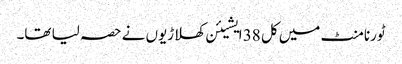
ٹورنامنٹ میں کل 38 ایشیئن کھلاڑیوں نے حصہ لیا تھا۔